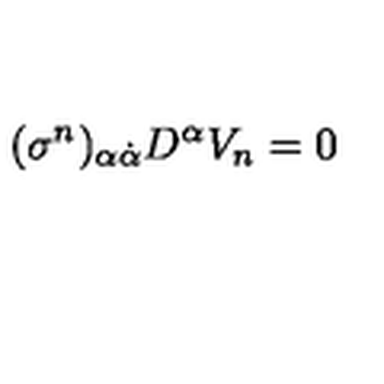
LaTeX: ( \sigma ^ { n } ) _ { \alpha \dot { \alpha } } D ^ { \alpha } V _ { n } = 0